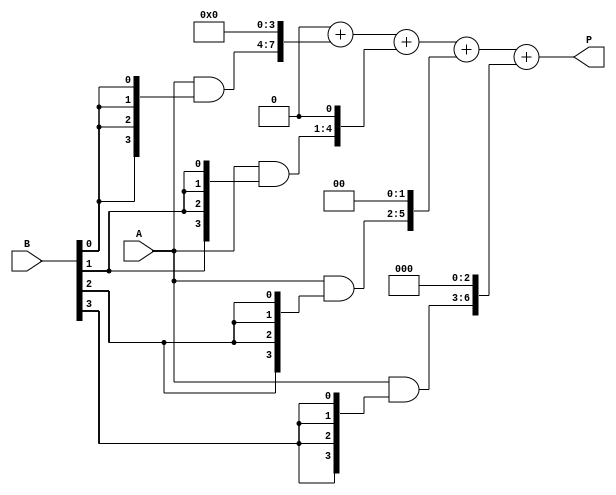
module vedic_multiplier #(parameter N = 4) (
    input [N-1:0] A,
    input [N-1:0] B,
    output reg [2*N-1:0] P
);

// Intermediate signals
wire [N-1:0] pp [0:N-1]; // Partial products
wire [2*N-1:0] sum [0:N-1]; // Sums for intermediate results

// Generate partial products
genvar i, j;
generate
    for (i = 0; i < N; i = i + 1) begin: PARTIAL_PRODUCTS
        assign pp[i] = A & {N{B[i]}}; // AND gate for each bit of B
    end
endgenerate

// Addition of partial products
// Initially, take the first partial product as the sum
assign sum[0] = {N{1'b0}} + {pp[0], {N{1'b0}}}; // Align the first partial product

generate
    for (j = 1; j < N; j = j + 1) begin: ADDITION
        assign sum[j] = sum[j-1] + {pp[j], {j{1'b0}}}; // Add shifted partial products
    end
endgenerate

// Final product assignment
always @(*) begin
    P = sum[N-1]; // The last sum holds the final product
end

endmodule